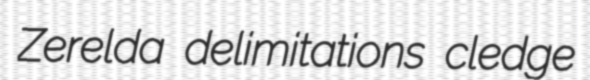
Zerelda delimitations cledge